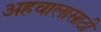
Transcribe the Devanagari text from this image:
अहवालासाठी